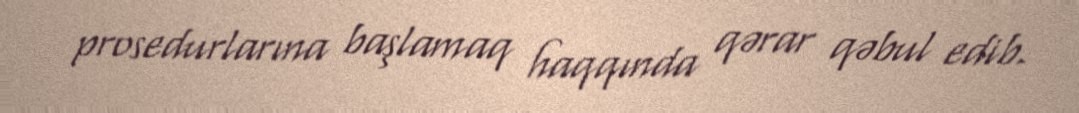
prosedurlarına başlamaq haqqında qərar qəbul edib.